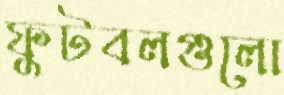
ফুটবলগুলো